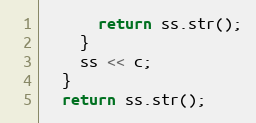
Language: C++
      return ss.str();
    }
    ss << c;
  }
  return ss.str();